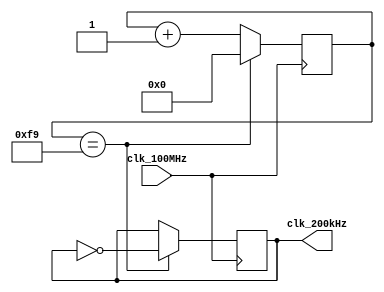
`timescale 1ns / 1ps
// Created by David J. Marion
// 200kHz Generator for Basys 3 PmodTMP2 Temperature Sensor I2C Master
// Same 200KHz Generator used with Nexys A7 temp sensor.
// NO CHANGES WERE MADE TO THIS MODULE
module clkgen_200kHz(
    input clk_100MHz,
    output clk_200kHz
    );
    
    // 100 x 10^6 / 200 x 10^3 / 2 = 250 <-- 8 bit counter
    reg [7:0] counter = 8'h00;
    reg clk_reg = 1'b1;
    
    always @(posedge clk_100MHz) begin
        if(counter == 249) begin
            counter <= 8'h00;
            clk_reg <= ~clk_reg;
        end
        else
            counter <= counter + 1;
    end
    
    assign clk_200kHz = clk_reg;  
endmodule